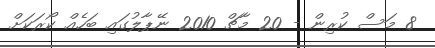
8 މަސް ކުރިން - 20 މާޗް 2010 ނޭޕާލުގައި ބަހެއް ކޯރަކަށް